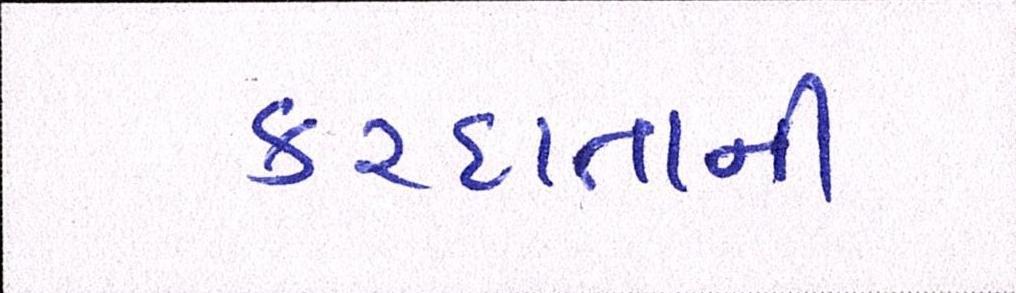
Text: કરદાતાની